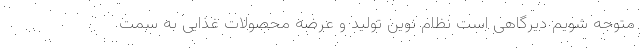
متوجه شویم دیرگاهی است نظام نوین تولید و عرضه محصولات غذایی به سمت